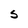
Character: S